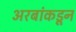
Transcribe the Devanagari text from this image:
अरबांकडून